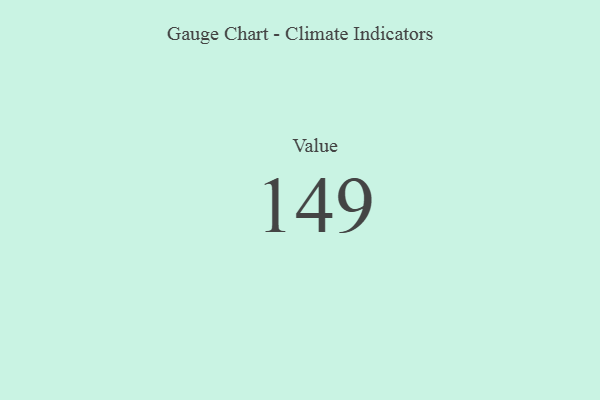
{"axis": {"x": "Metric", "y": "Value"}, "legend": [""], "data": [{"x": "Value", "y": 149, "type": ""}]}